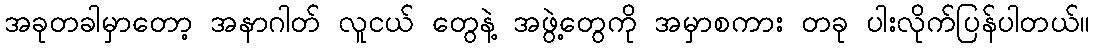
အခုတခါမှာတော့ အနာဂါတ် လူငယ် တွေနဲ့ အဖွဲ့တွေကို အမှာစကား တခု ပါးလိုက်ပြန်ပါတယ်။